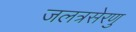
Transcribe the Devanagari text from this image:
जलत्रसेरणु